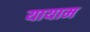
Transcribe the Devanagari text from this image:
यायाम